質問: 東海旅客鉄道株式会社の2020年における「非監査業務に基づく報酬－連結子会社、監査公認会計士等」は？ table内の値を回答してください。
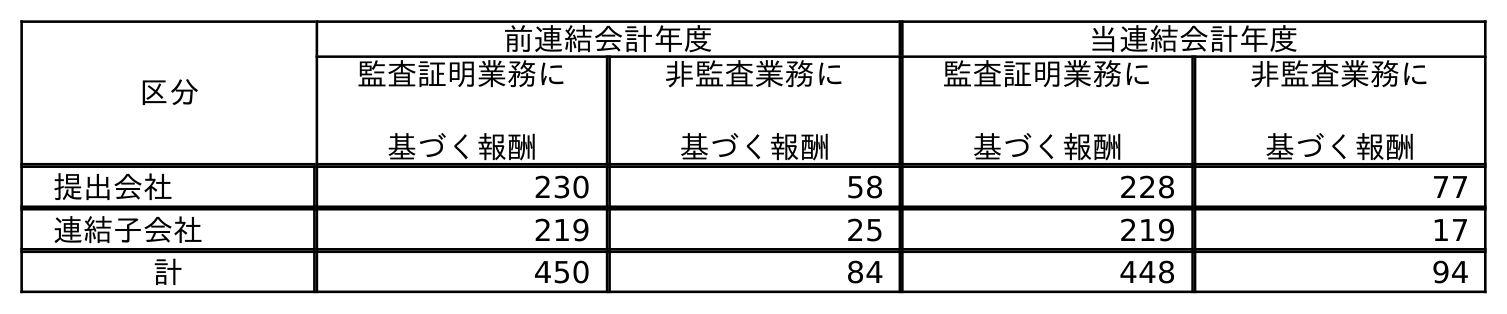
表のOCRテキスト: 区分 前連結会計年度 当連結会計年度 監査証明業務に 基づく報酬 非監査業務に 基づく報酬 監査証明業務に 基づく報酬 非監査業務に 基づく報酬 提出会社 230 58 228 77 連結子会社 219 25 219 17 計 450 84 448 94
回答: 17